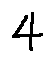
4